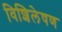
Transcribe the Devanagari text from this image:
विशिलेषण